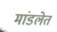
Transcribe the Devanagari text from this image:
मांडलेत